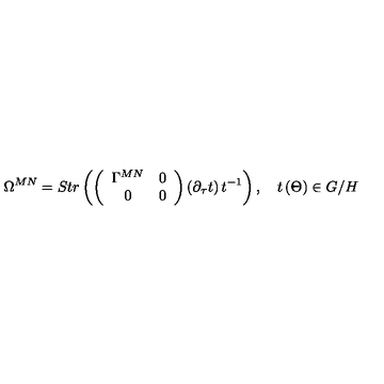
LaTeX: \Omega ^ { M N } = S t r \left( \left( \begin{array} { c c } { \Gamma ^ { M N } } & { 0 } \\ { 0 } & { 0 } \\ \end{array} \right) \left( \partial _ { \tau } t \right) t ^ { - 1 } \right) , \quad t \left( \Theta \right) \in G / H